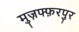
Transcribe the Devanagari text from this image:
मुज़फ्फ़रपुर